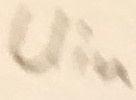
Text: Uin